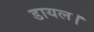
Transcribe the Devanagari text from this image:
डायल।